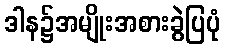
ဒါန၌အမျိုးအစားခွဲပြပုံ